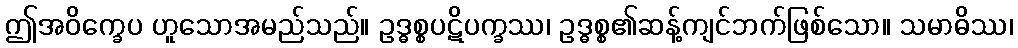
ဤအဝိက္ခေပ ဟူသောအမည်သည်။ ဥဒ္ဓစ္စပဋိပက္ခဿ၊ ဥဒ္ဓစ္စ၏ဆန့်ကျင်ဘက်ဖြစ်သော။ သမာဓိဿ၊